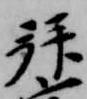
拝